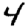
Digit: 4